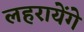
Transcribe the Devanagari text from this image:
लहरायेंगे